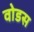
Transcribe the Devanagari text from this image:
वोडस